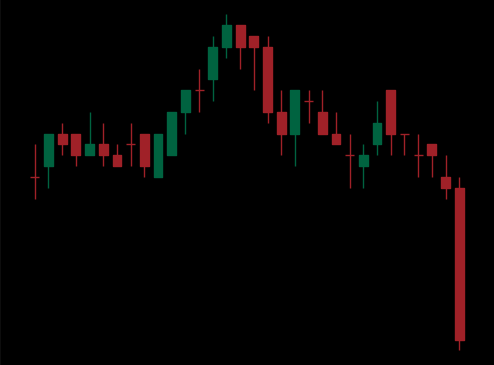
Pattern: head_shoulders